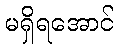
မရှိရအောင်